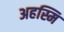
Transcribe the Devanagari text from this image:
अहस्मि